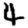
Digit: 4